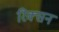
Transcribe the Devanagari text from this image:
रिक्सन